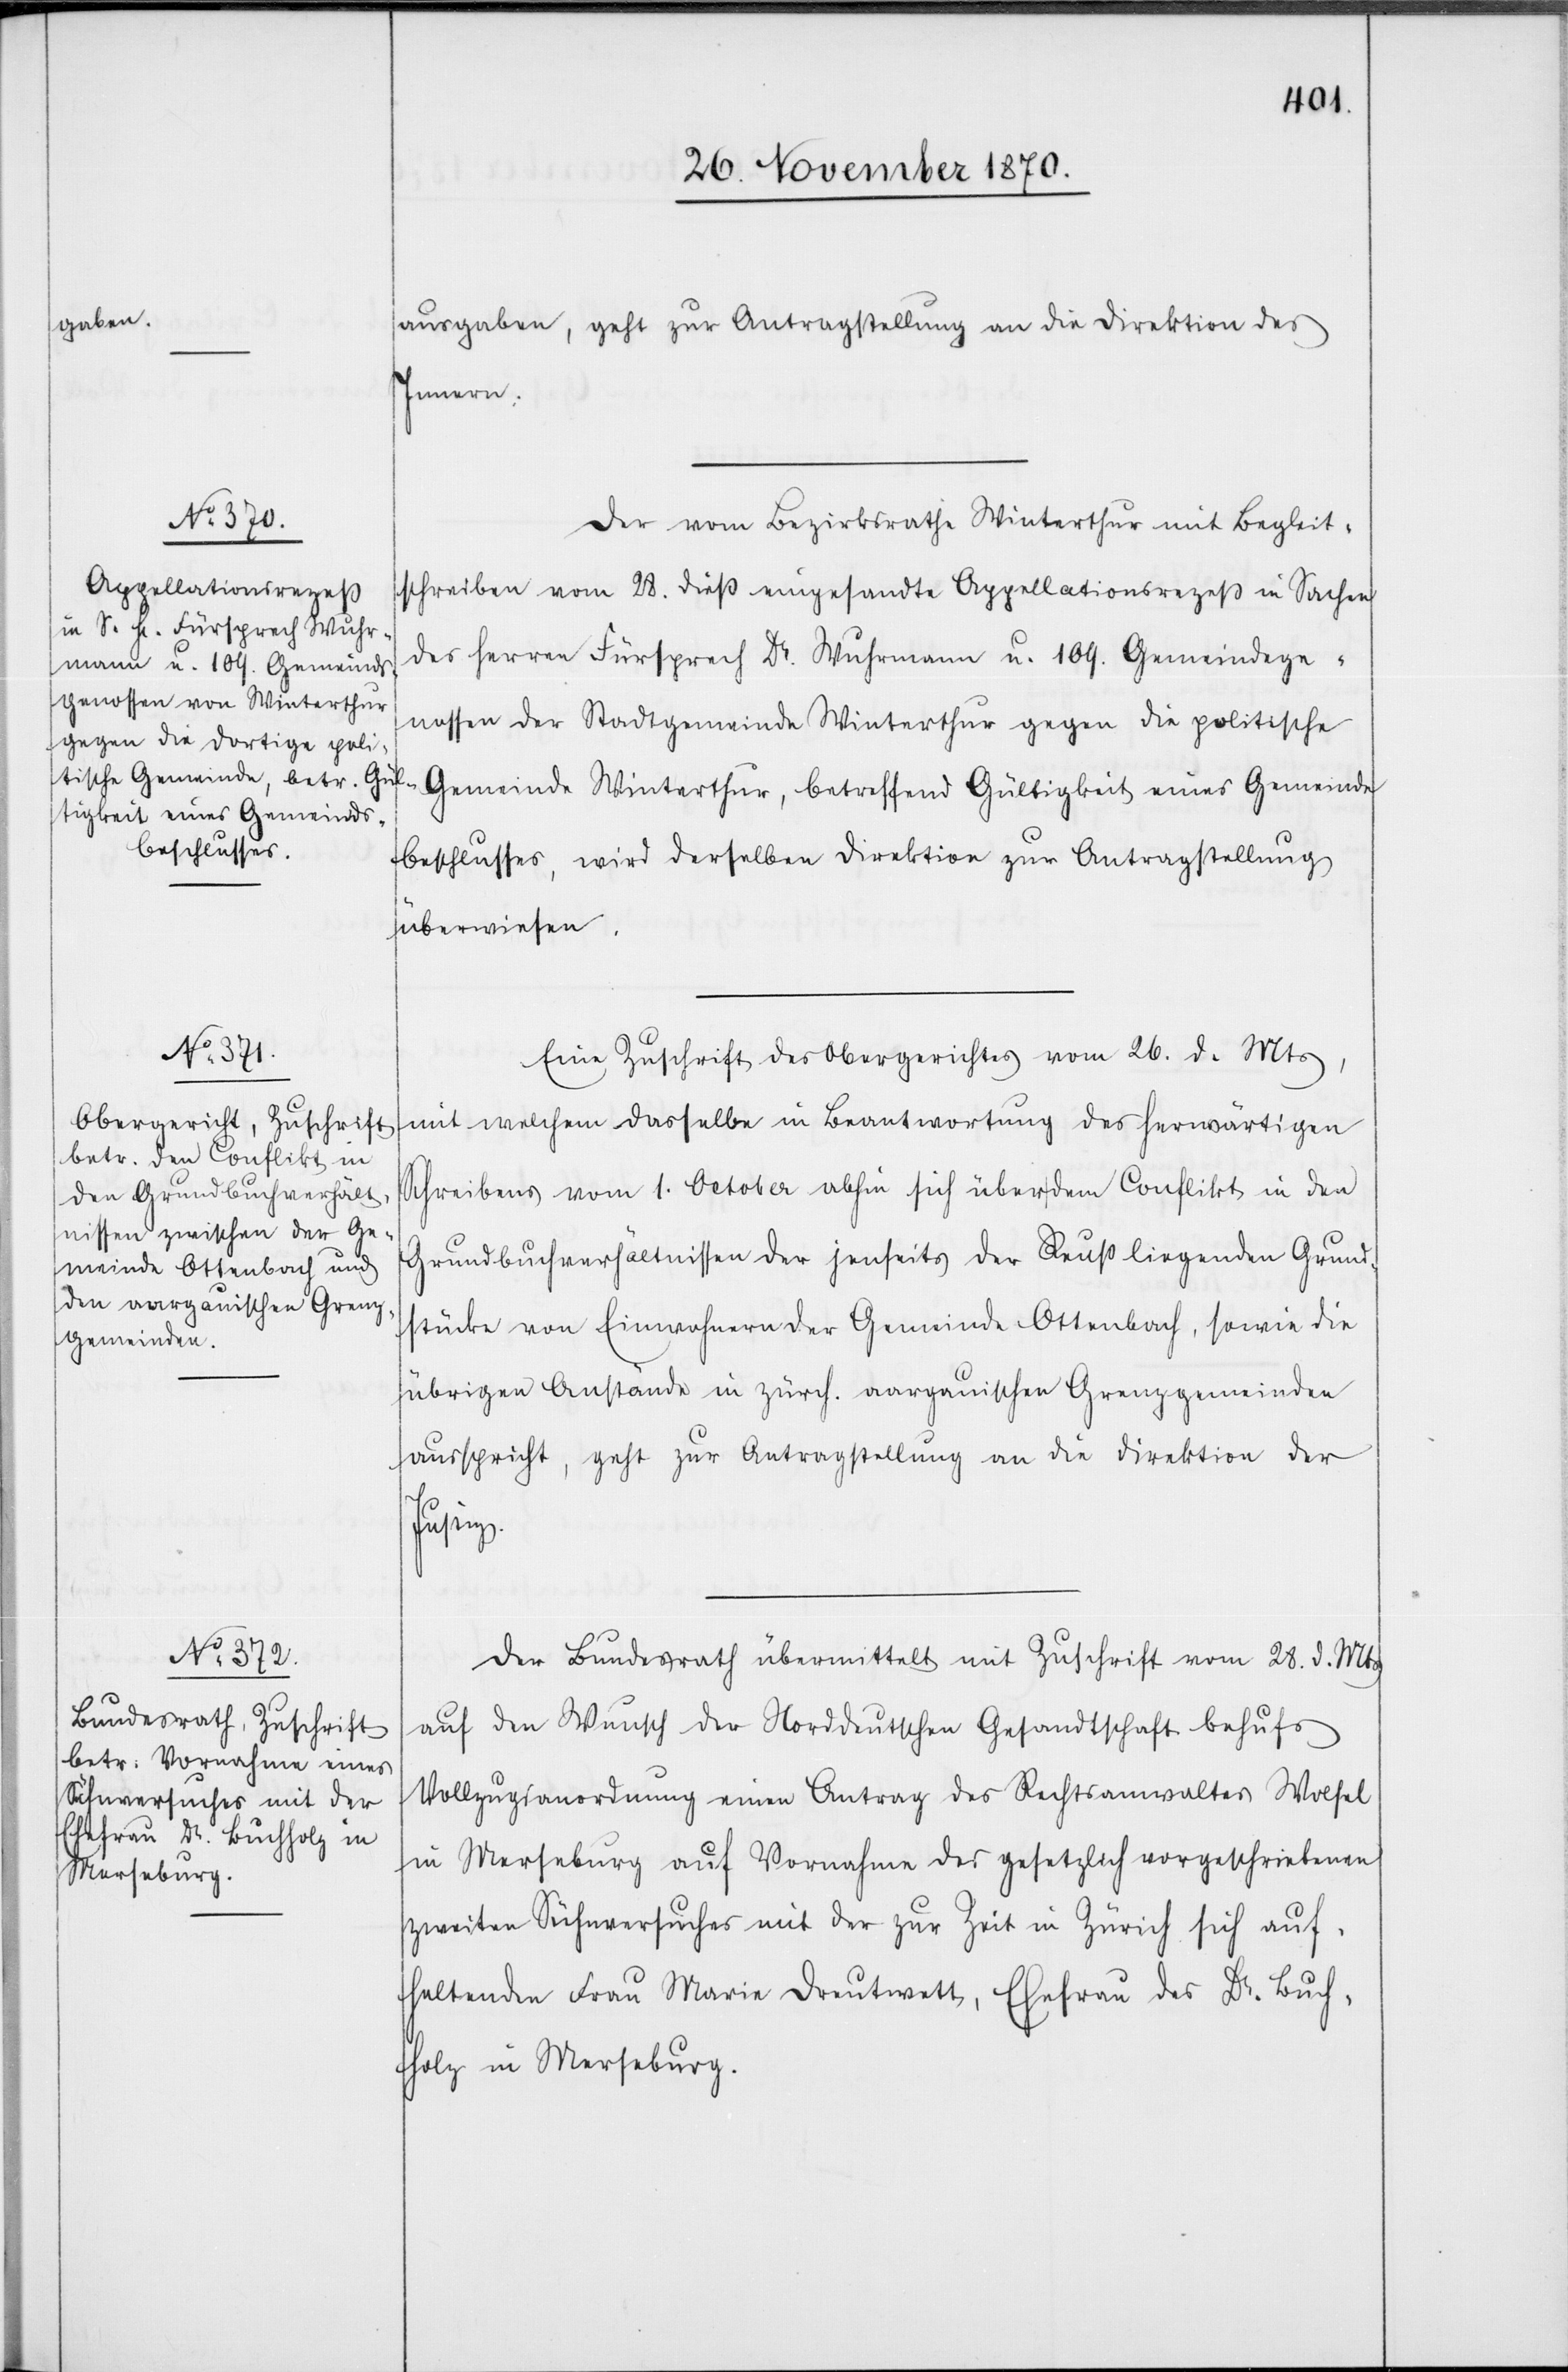
beschlusses,

30. November 1870.]
ausgaben, geht zur Antragstellung an die Direktion des
Innern.
Der vom Bezirksrath Winterthur mit Begleit¬
schreiben vom 28. dieß eingesandte Appellationsrezeß in Sachen
des Herren Fürsprech Dr. Wuhrmann u. 109. Gemeindege¬
nossen der Stadtgemeinde Winterthur gegen die politische
Gemeinde Winterthur, betreffend Gültigkeit eines Gemeinde¬
überwiesen.
Eine Zuschrift des Obergerichtes vom 26. d. Mts,
[recte: welcher] dasselbe in Beantwortung des herwärtigen
Schreibens vom 1. October abhin sich über dem Conflikt in den
Grundbuchverhältnissen der jenseits der Reuß liegenden Grund¬
stücke von Einwohnern der Gemeinde Ottenbach, sowie die
übrigen Anstände in zürch. aargauischen Grenzgemeinden
ausspricht, geht zur Antragstellung an die Direktion der
Justiz.
Der Bundesrath übermittelt mit Zuschrift vom 28. d. Mts
auf den Wunsch der Norddeutschen Gesandtschaft behufs
Vollzugsanordnung einen Antrag des Rechtsanwaltes Wochel
in Merseburg auf Vornahme des gesetzlich vorgeschriebenen
zweiten Sühnversuches mit der zur Zeit in Zürich sich auf¬
haltenden Frau Maria Dreutwett, Ehefrau des Dr. Buch¬
holz in Mersuberg.